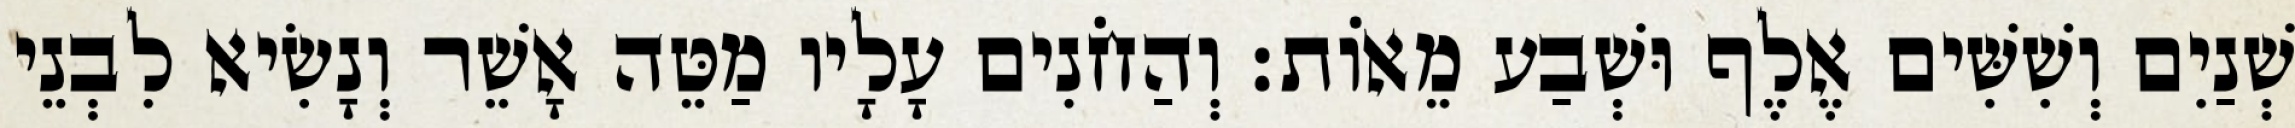
שְׁנַיִם וְשִׁשִּׁים אֶלֶף וּשְׁבַע מֵאוֹת׃ וְהַחֹנִים עָלָיו מַטֵּה אָשֵׁר וְנָשִׂיא לִבְנֵי